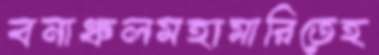
বনাঞ্চলমহামারিতেহ